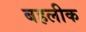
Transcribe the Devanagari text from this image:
बहलीक